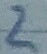
Text: 2